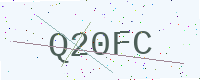
Text: Q20FC